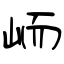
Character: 峏